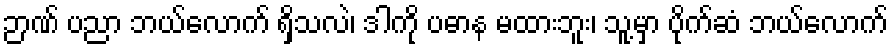
ဉာဏ် ပညာ ဘယ်လောက် ရှိသလဲ၊ ဒါကို ပဓာန မထားဘူး၊ သူ့မှာ ပိုက်ဆံ ဘယ်လောက်